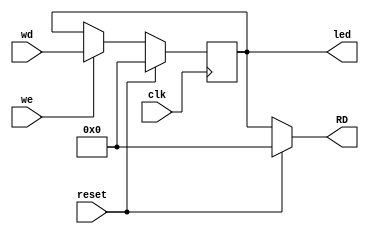
module LED(
    input clk,
    input reset,
    input we,
    input [31:0] wd,
    output [31:0] RD,
    output [31:0] led
);
    reg [31:0] data;

    assign RD = (reset==1'b1)?0:
                data;
    
    assign led = data;

    always @(posedge clk)
    begin
        if(reset)
            data<=0;
        else if(we)
            data<=wd;
    end
endmodule